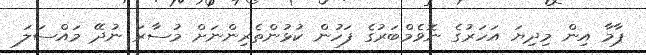
ޕާމާ އިން މިދިޔަ އަހަރުގެ ނޮވެމްބަރުގެ ފަހުން ކުޅުންތެރިންނަށް މުސާރަ ނުދޭ މައްސަލަ